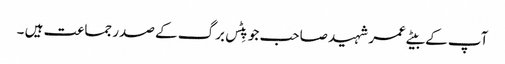
آپ کے بیٹے عمر شہید صاحب جو پِٹس برگ کے صدر جماعت ہیں ۔